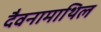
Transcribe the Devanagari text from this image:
दैवनामाथिल